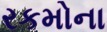
રકમોના